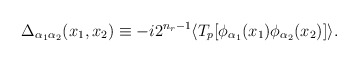
\begin{align*} \Delta_{\alpha_1\alpha_2}(x_1,x_2) \equiv -i 2^{n_r-1} \langle T_p[\phi_{\alpha_1}(x_1)\phi_{\alpha_2}(x_2)]\rangle .\end{align*}